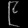
Digit: ၉